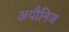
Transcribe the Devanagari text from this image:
अयौनिज